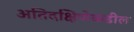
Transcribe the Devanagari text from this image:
अतिदक्षिणेकडील